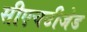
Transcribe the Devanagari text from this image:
सीएचटीजेड